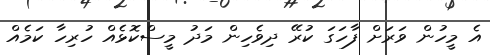
އެ މީހުން ވަރަށް ފާހަގަ ކުރޭ ދިވެހިން މަދު މީސްކޮޅެއް ހުރިހާ ކަމެއް